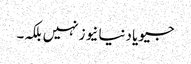
جیو یا دنیا نیوز نہیں بلکہ۔